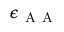
\epsilon _ { \mathrm { ~ A ~ A ~ } }